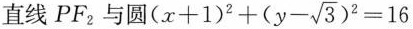
直线PF_{2}与圆$$( x + 1 ) ^ { 2 } + ( y - \sqrt { 3 } ) ^ { 2 } = 1 6$$